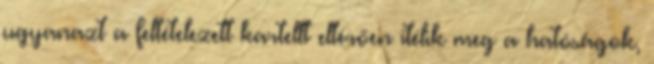
ugyanazt a feltételezett kartellt eltérően ítélik meg a hatóságok,